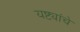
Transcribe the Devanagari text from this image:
यष्ट्यांचे